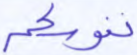
نفوسكم